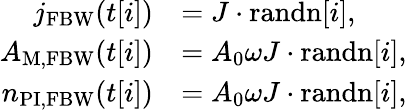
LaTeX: \begin{array}{rl}{j_{\mathrm{FBW}}(t[i])}&{=J\cdot\mathrm{randn}[i],}\\ {A_{\mathrm{M,FBW}}(t[i])}&{=A_{0}\omega J\cdot\mathrm{randn}[i],}\\ {n_{\mathrm{PI,FBW}}(t[i])}&{=A_{0}\omega J\cdot\mathrm{randn}[i],}\end{array}